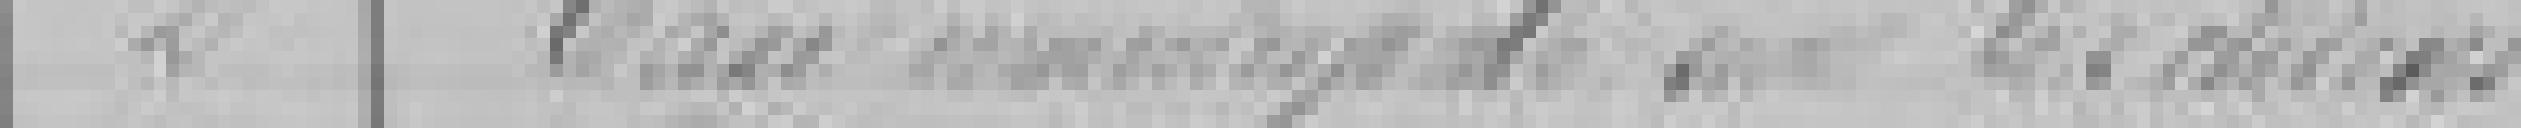
2. Eau municipale avec les ??